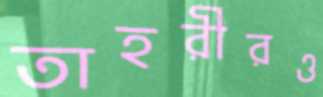
তাহরীরও